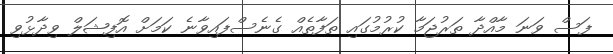
ފަސް ވަނަ މާއްދާ ތަރުޖަމާ ކުރުމުގައި ތަފާތެއް ގެނެސްފައިވާނެ ކަމަށް އޮފިޝަލް ވިދާޅުވި